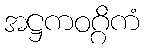
အဋ္ဌကဝဂ္ဂိကံ